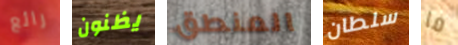
رائع يظنون المنطق سلطان ما